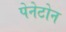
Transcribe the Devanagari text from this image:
पेनेटोन